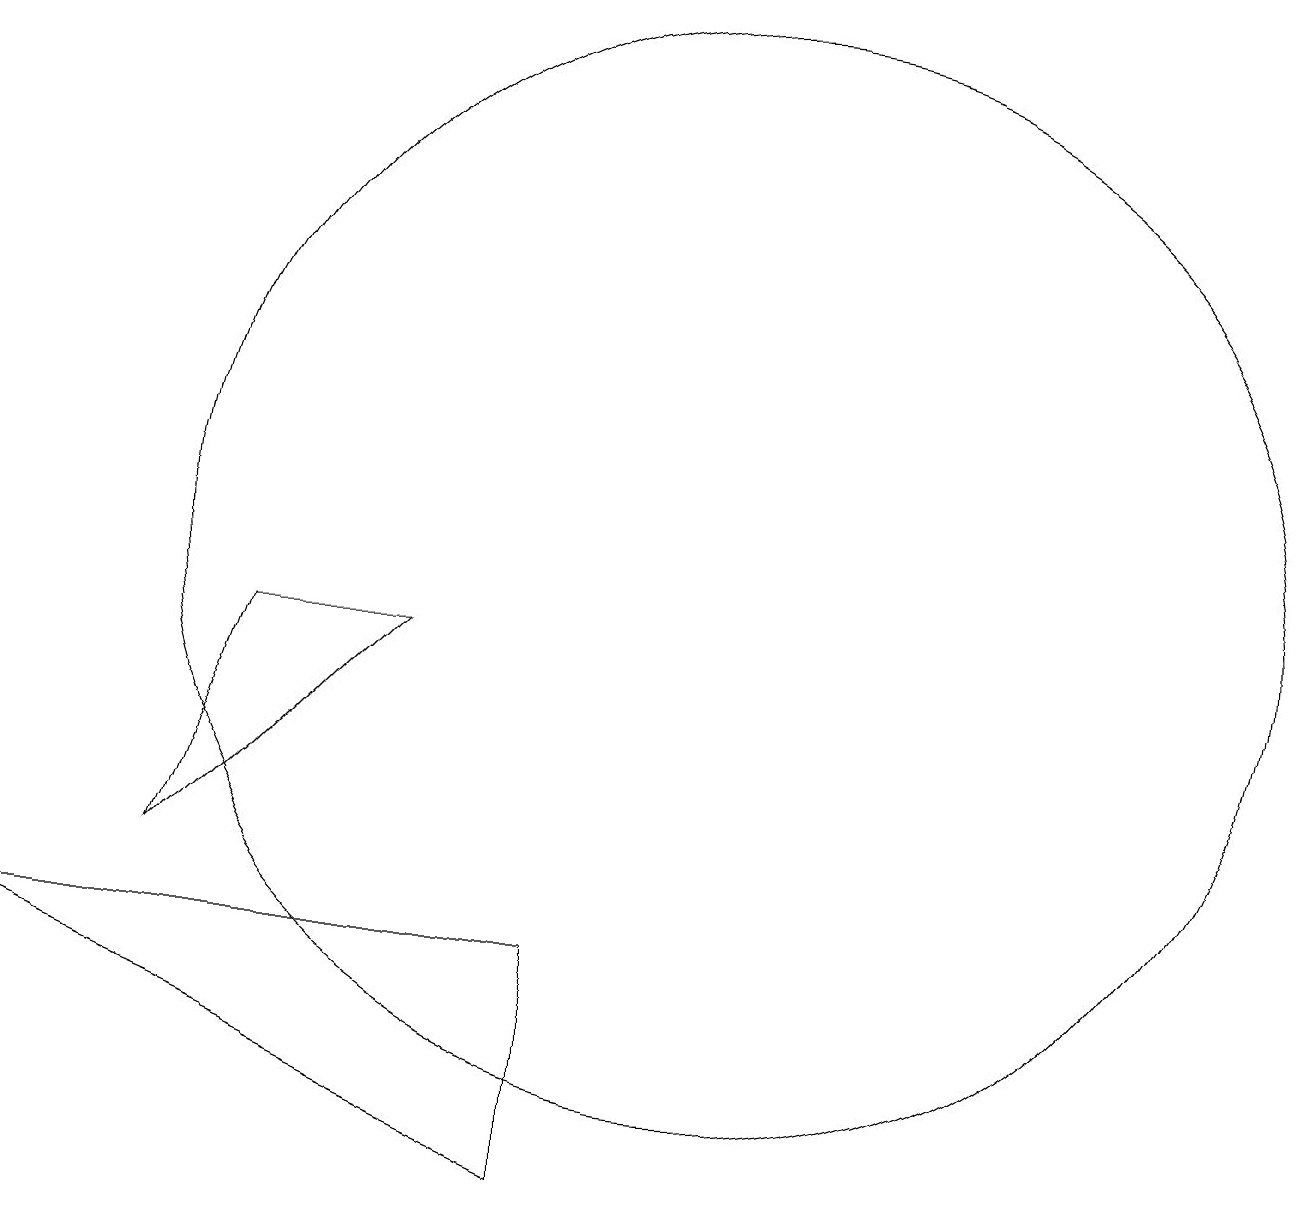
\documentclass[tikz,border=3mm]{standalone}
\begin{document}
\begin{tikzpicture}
\draw (3,6) -- (4,9) -- (6,9) -- cycle;
\draw (8,5) -- (8,2) -- (1,5) -- cycle;
\draw (10,10) circle (7);
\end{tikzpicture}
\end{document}